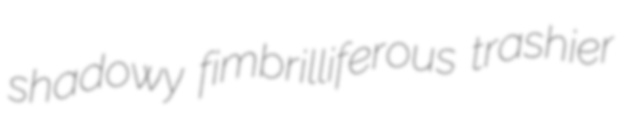
shadowy fimbrilliferous trashier